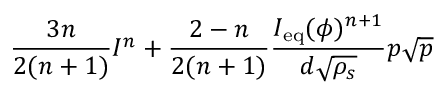
\displaystyle \frac { 3 n } { 2 ( n + 1 ) } I ^ { n } + \frac { 2 - n } { 2 ( n + 1 ) } \frac { I _ { \mathrm { e q } } ( \phi ) ^ { n + 1 } } { d \sqrt { \rho _ { s } } } p \sqrt { p }